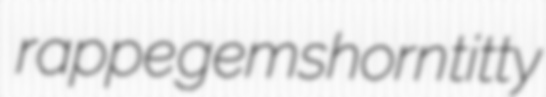
rappe gemshorn titty